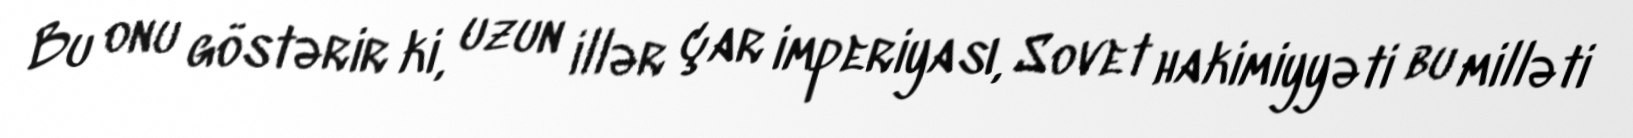
Bu onu göstərir ki, uzun illər çar imperiyası, Sovet hakimiyyəti bu milləti